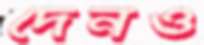
দেনও